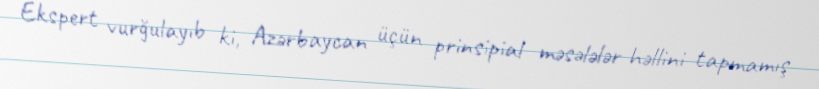
Ekspert vurğulayıb ki, Azərbaycan üçün prinsipial məsələlər həllini tapmamış